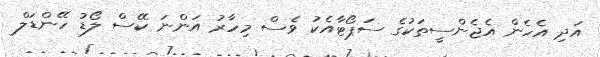
އަދި އެހެން އެޖެންސީތަކުގެ ސަޕޯޓާއެކު ވެސް މިހާރު އަންނަ ކޭސް ލޯޑު ހޭންޑަލް